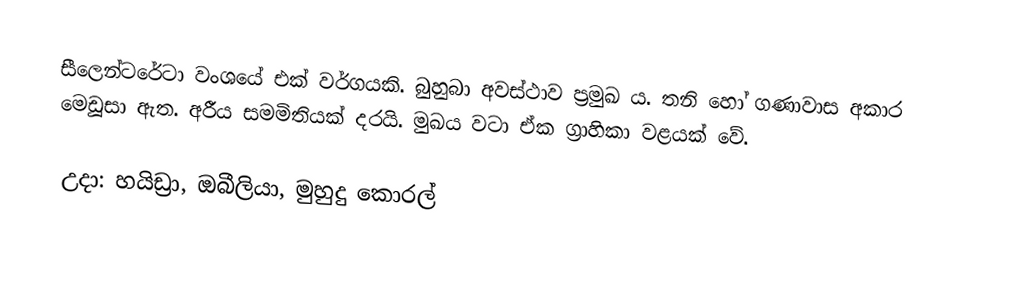
සීලෙන්ටරේටා වංශයේ එක් වර්ගයකි. බුහුබා අවස්ථාව ප්‍රමුඛ ය. තනි හෝ ගණාවාස අකාර මෙඩූසා ඇත. අරීය සමමිතියක් දරයි. මුඛය වටා ඒක ග්‍රාහිකා වළයක් වේ.

උදා: හයිඩ්‍රා, ඔබීලියා, මුහුදු කොරල්